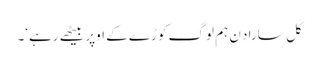
کَل سارا دِن ہم لوگ کوڑے کے اوپر بیٹھے رہے‘۔